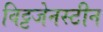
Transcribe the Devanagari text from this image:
विट्टजेनस्टीन